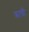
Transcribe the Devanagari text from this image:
क्राची